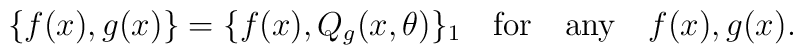
\{f(x),g(x)\}=\{f(x),Q_g(x,\theta )\}_1\quad {\rm for}\quad{\rm any}\quad f(x),g(x) .